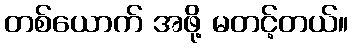
တစ်ယောက် အဖို့ မတင့်တယ်။